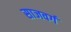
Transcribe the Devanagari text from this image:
साजवर्ग